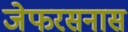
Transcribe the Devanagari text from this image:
जेफरसनास